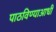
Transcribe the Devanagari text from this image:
पाठविण्याआधी